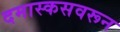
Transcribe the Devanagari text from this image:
दमास्कसवरून